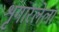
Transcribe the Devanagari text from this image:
शृंगारलेला